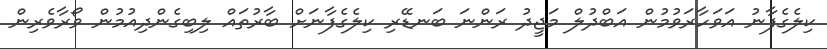
ކިލެގެފާނު އަވަހާރަވުމުން އަބްދުލް މަޖީދު ރަންނަ ބަނޑޭރި ކިލެގެފާނަށް ބާރުތައް ލިބިގެންދިއުމުން ވޯރާވެރިން